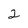
Character: 2